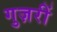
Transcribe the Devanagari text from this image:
गुज़रीं